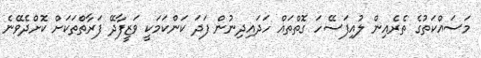
މަސައްކަތުގެ ތެރެއިން ލުއިފަސޭހަ ގޮތްތައް ހަދައިދިނުން ފަދަ ކަންކަމަކީ ވަޒީފާދޭ ފަރާތްތަކަށް ކޮށްދެވޭނެ